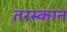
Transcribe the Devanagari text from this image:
तरस्कान